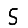
Digit: 5